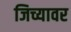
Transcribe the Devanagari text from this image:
जिच्यावर